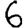
Digit: 6